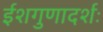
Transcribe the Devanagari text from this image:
ईशगुणादर्शः